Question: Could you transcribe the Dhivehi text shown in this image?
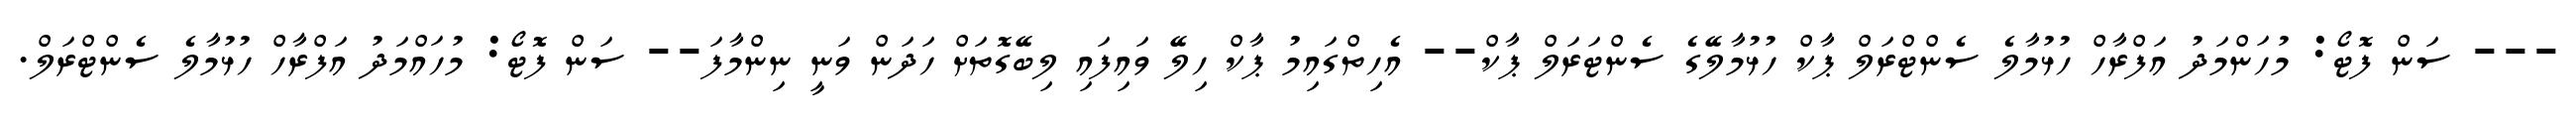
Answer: --- ސަން ފޮޓޯ: މުހަންމަދު އަފްރާހް ހުޅުމާލެ ސެންޓްރަލް ޕާކް ހުޅުމާލޭގެ ސެންޓަރަލް ޕާކް-- އެހިތްގައިމު ޕާކް ހިލޭ ވައިފައި ލިބޭގޮތަށް ހަދަން ވަނީ ނިންމާފަ-- ސަން ފޮޓޯ: މުހައްމަދު އަފްރާހް ހުޅުމާލެ ސެންޓްރަލް.